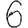
Digit: 6